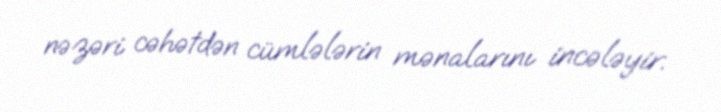
nəzəri cəhətdən cümlələrin mənalarını incələyir.